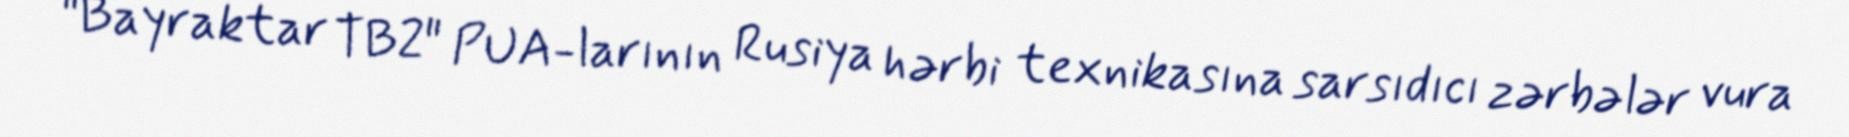
"Bayraktar TB2" PUA-larının Rusiya hərbi texnikasına sarsıdıcı zərbələr vura